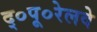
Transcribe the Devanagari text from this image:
द्०पू०रेलवे